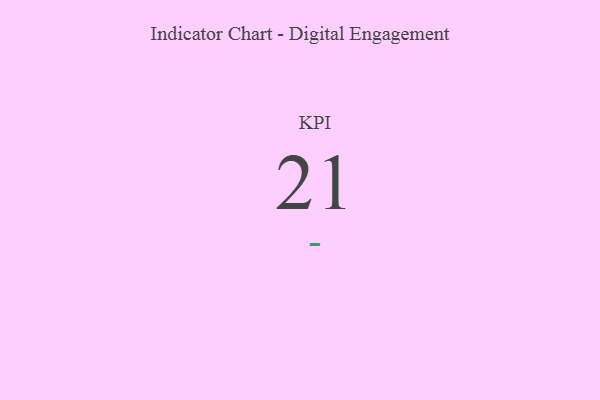
{"axis": {"x": "KPI", "y": "Value"}, "legend": [""], "data": [{"x": "KPI", "y": 21, "type": ""}]}